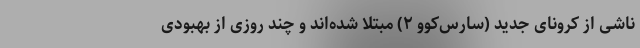
ناشی از کرونای جدید (سارس‌کوو ۲) مبتلا شده‌اند و چند روزی از بهبودی